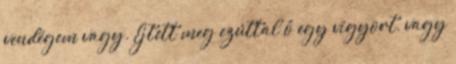
vendégem vagy. Ejtett meg ezúttal ő egy vigyort, vagy